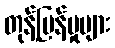
တုန့်ပြန်မှုများ